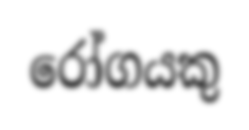
රෝගයකු